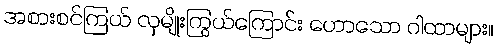
အစားစင်ကြယ် လှမျိုးကြွယ်ကြောင်း ဟောသော ဂါထာများ။